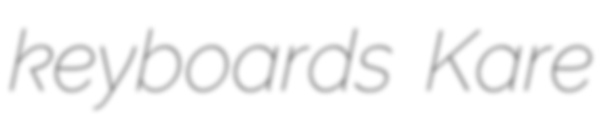
keyboards Kare